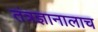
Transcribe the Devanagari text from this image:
तंत्रज्ञानालाच